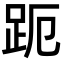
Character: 𮛊